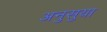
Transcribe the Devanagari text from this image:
अनुसुया